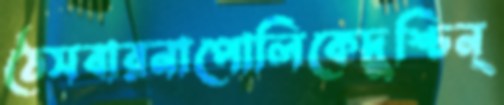
ঠেসবারনাপোলিকেদুশ্চিন্